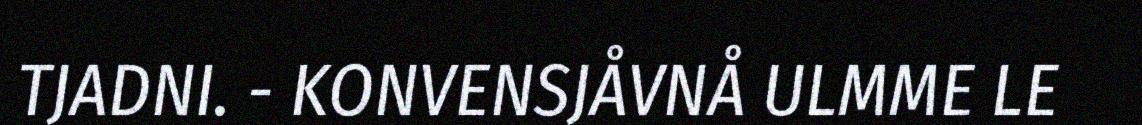
TJADNI. - KONVENSJÅVNÅ ULMME LE